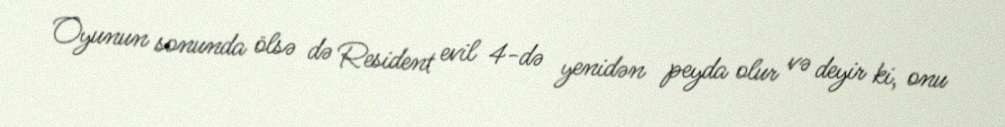
Oyunun sonunda ölsə də Resident evil 4-də yenidən peyda olur və deyir ki, onu